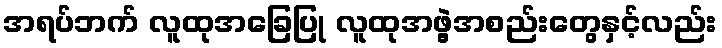
အရပ်ဘက် လူထုအခြေပြု လူထုအဖွဲ့အစည်းတွေနှင့်လည်း